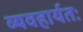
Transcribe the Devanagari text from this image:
व्यवहार्यतः